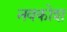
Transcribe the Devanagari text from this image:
नवकोश